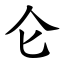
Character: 仑